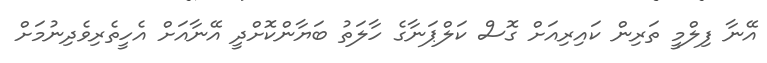
އޭނާ ފިލްމީ ތަރިން ކައިރިއަށް ގޮސް ކަލްޕަނާގެ ހާލަތު ބަޔާންކޮށްދީ އޭނާއަށް އެހީތެރިވެދިނުމަށް